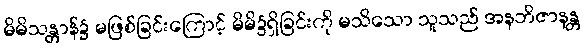
မိမိသန္တာန်၌ မဖြစ်ခြင်းကြောင့် မိမိ၌ရှိခြင်းကို မသိသော သူသည် အနဘိဇာနန္တ